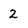
Character: 2